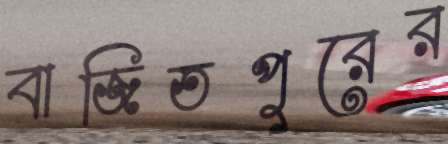
বাজিতপুরের